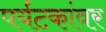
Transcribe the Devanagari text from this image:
पर्यटकांवर